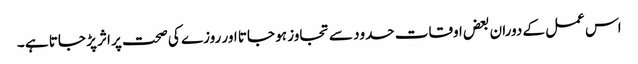
اس عمل کے دوران بعض اوقات حدود سے تجاوز ہو جاتا اور روزے کی صحت پر اثر پڑ جاتا ہے ۔